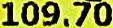
109.70